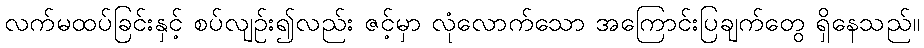
လက်မထပ်ခြင်းနှင့် စပ်လျဉ်း၍လည်း ဇင့်မှာ လုံလောက်သော အကြောင်းပြချက်တွေ ရှိနေသည်။